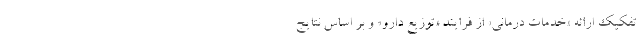
تفکیک ارائه «خدمات درمانی» از فرایند «توزیع دارو» و بر اساس نتایج